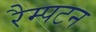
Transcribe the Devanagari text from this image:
रैम्पटन